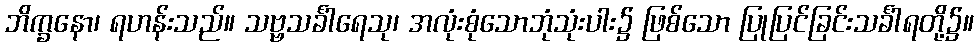
ဘိက္ခနော၊ ရဟန်းသည်။ သဗ္ဗသင်္ခါရေသု၊ အလုံးစုံသောဘုံသုံးပါး၌ ဖြစ်သော ပြုပြင်ခြင်းသင်္ခါရတို့၌။